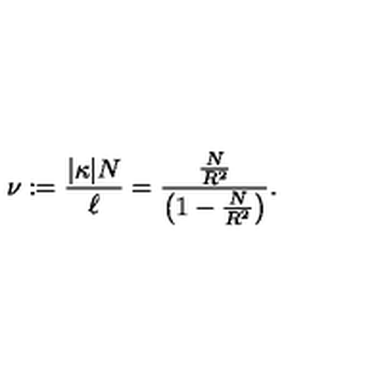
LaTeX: \nu : = \frac { | \kappa | N } { \ell } = \frac { \frac { N } { R ^ { 2 } } } { \left( 1 - \frac { N } { R ^ { 2 } } \right) } .